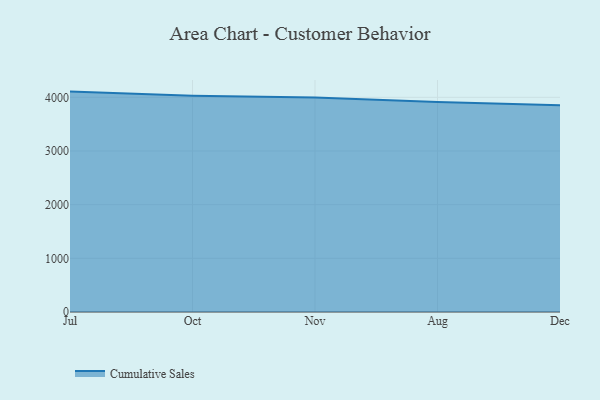
{"axis": {"x": "Month", "y": "Latency (ms)"}, "legend": ["Cumulative Sales"], "data": [{"x": "Jul", "y": 4106.3, "type": "Cumulative Sales"}, {"x": "Oct", "y": 4028.4, "type": "Cumulative Sales"}, {"x": "Nov", "y": 3994.9, "type": "Cumulative Sales"}, {"x": "Aug", "y": 3912.4, "type": "Cumulative Sales"}, {"x": "Dec", "y": 3853.6, "type": "Cumulative Sales"}]}